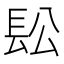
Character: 𨱛